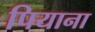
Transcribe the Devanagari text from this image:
पियाना